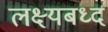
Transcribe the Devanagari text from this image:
लक्ष्यबध्द